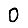
Digit: 0